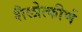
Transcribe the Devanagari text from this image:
शैलोत्कीर्ण